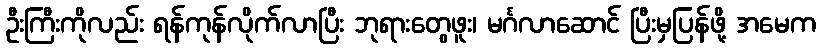
ဦးကြီးကိုလည်း ရန်ကုန်လိုက်လာပြီး ဘုရားတွေဖူး၊ မင်္ဂလာဆောင် ပြီးမှပြန်ဖို့ အမေက